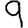
Digit: 9